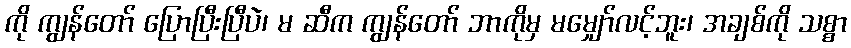
ကို ကျွန်တော် ပြောပြီးပြီပဲ၊ မ ဆီက ကျွန်တော် ဘာကိုမှ မမျှော်လင့်ဘူး၊ အချစ်ကို သစ္စာ